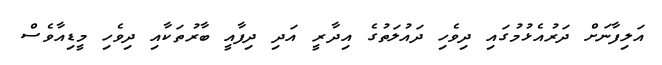
އަލިފާނަށް ދަރުއެޅުމުގައި ދިވެހި ދައުލަތުގެ އިދާރީ އަދި ދިފާއީ ބާރުތަކާއި ދިވެހި މީޑިއާވެސް